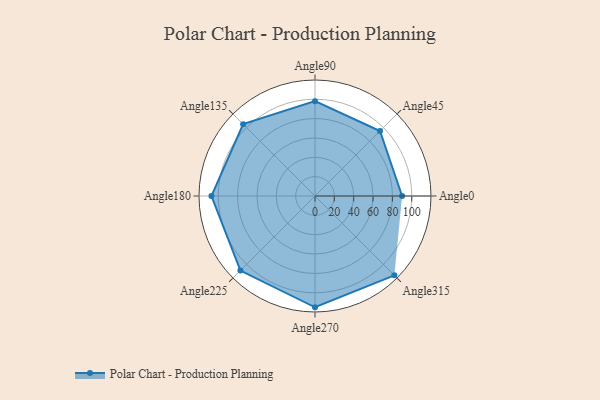
{"axis": {"x": "Angle", "y": "Radius"}, "legend": [""], "data": [{"x": "Angle0", "y": 90.0, "type": ""}, {"x": "Angle45", "y": 95.0, "type": ""}, {"x": "Angle90", "y": 98.0, "type": ""}, {"x": "Angle135", "y": 105.0, "type": ""}, {"x": "Angle180", "y": 107.0, "type": ""}, {"x": "Angle225", "y": 109.0, "type": ""}, {"x": "Angle270", "y": 115.0, "type": ""}, {"x": "Angle315", "y": 116.0, "type": ""}]}